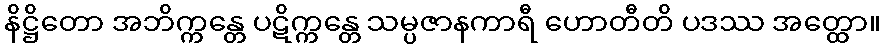
နိဋ္ဌိတော အဘိက္ကန္တေ ပဋိက္ကန္တေ သမ္ပဇာနကာရီ ဟောတီတိ ပဒဿ အတ္ထော။